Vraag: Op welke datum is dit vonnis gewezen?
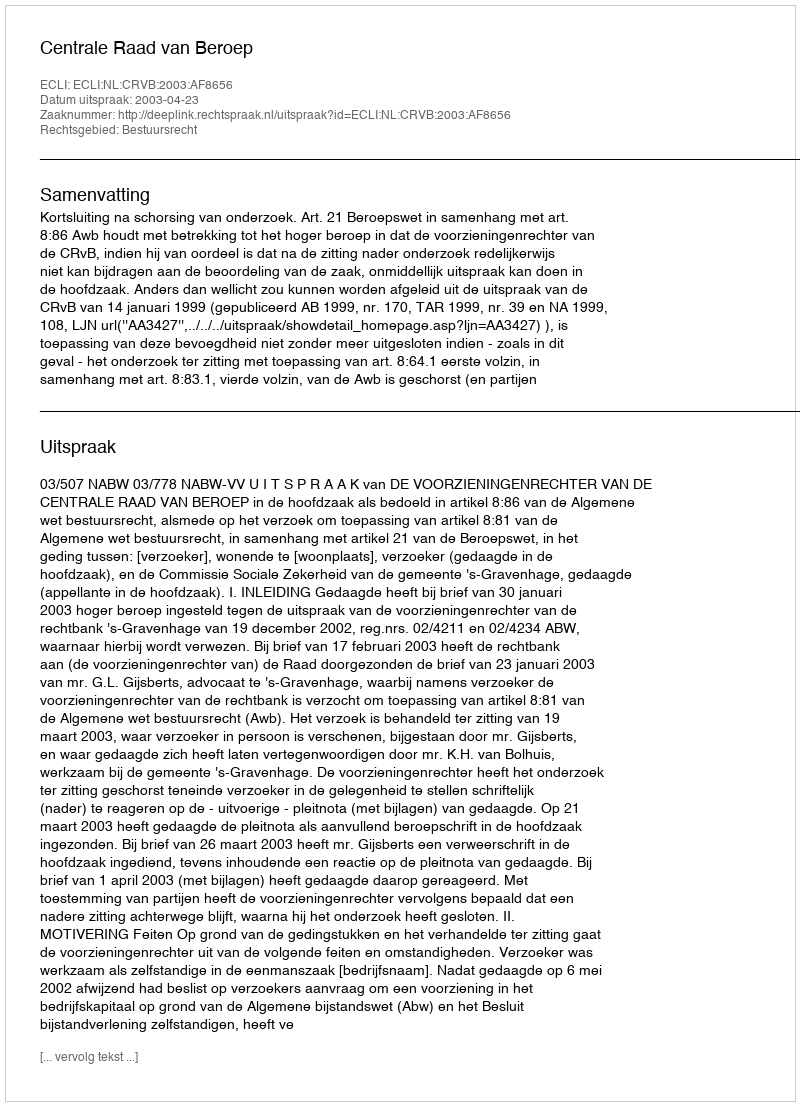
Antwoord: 2003-04-23